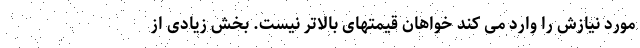
مورد نیازش را وارد می کند خواهان قیمتهای بالاتر نیست. بخش زیادی از